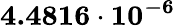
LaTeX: \mathbf{4.4816\cdot 10^{-6}}